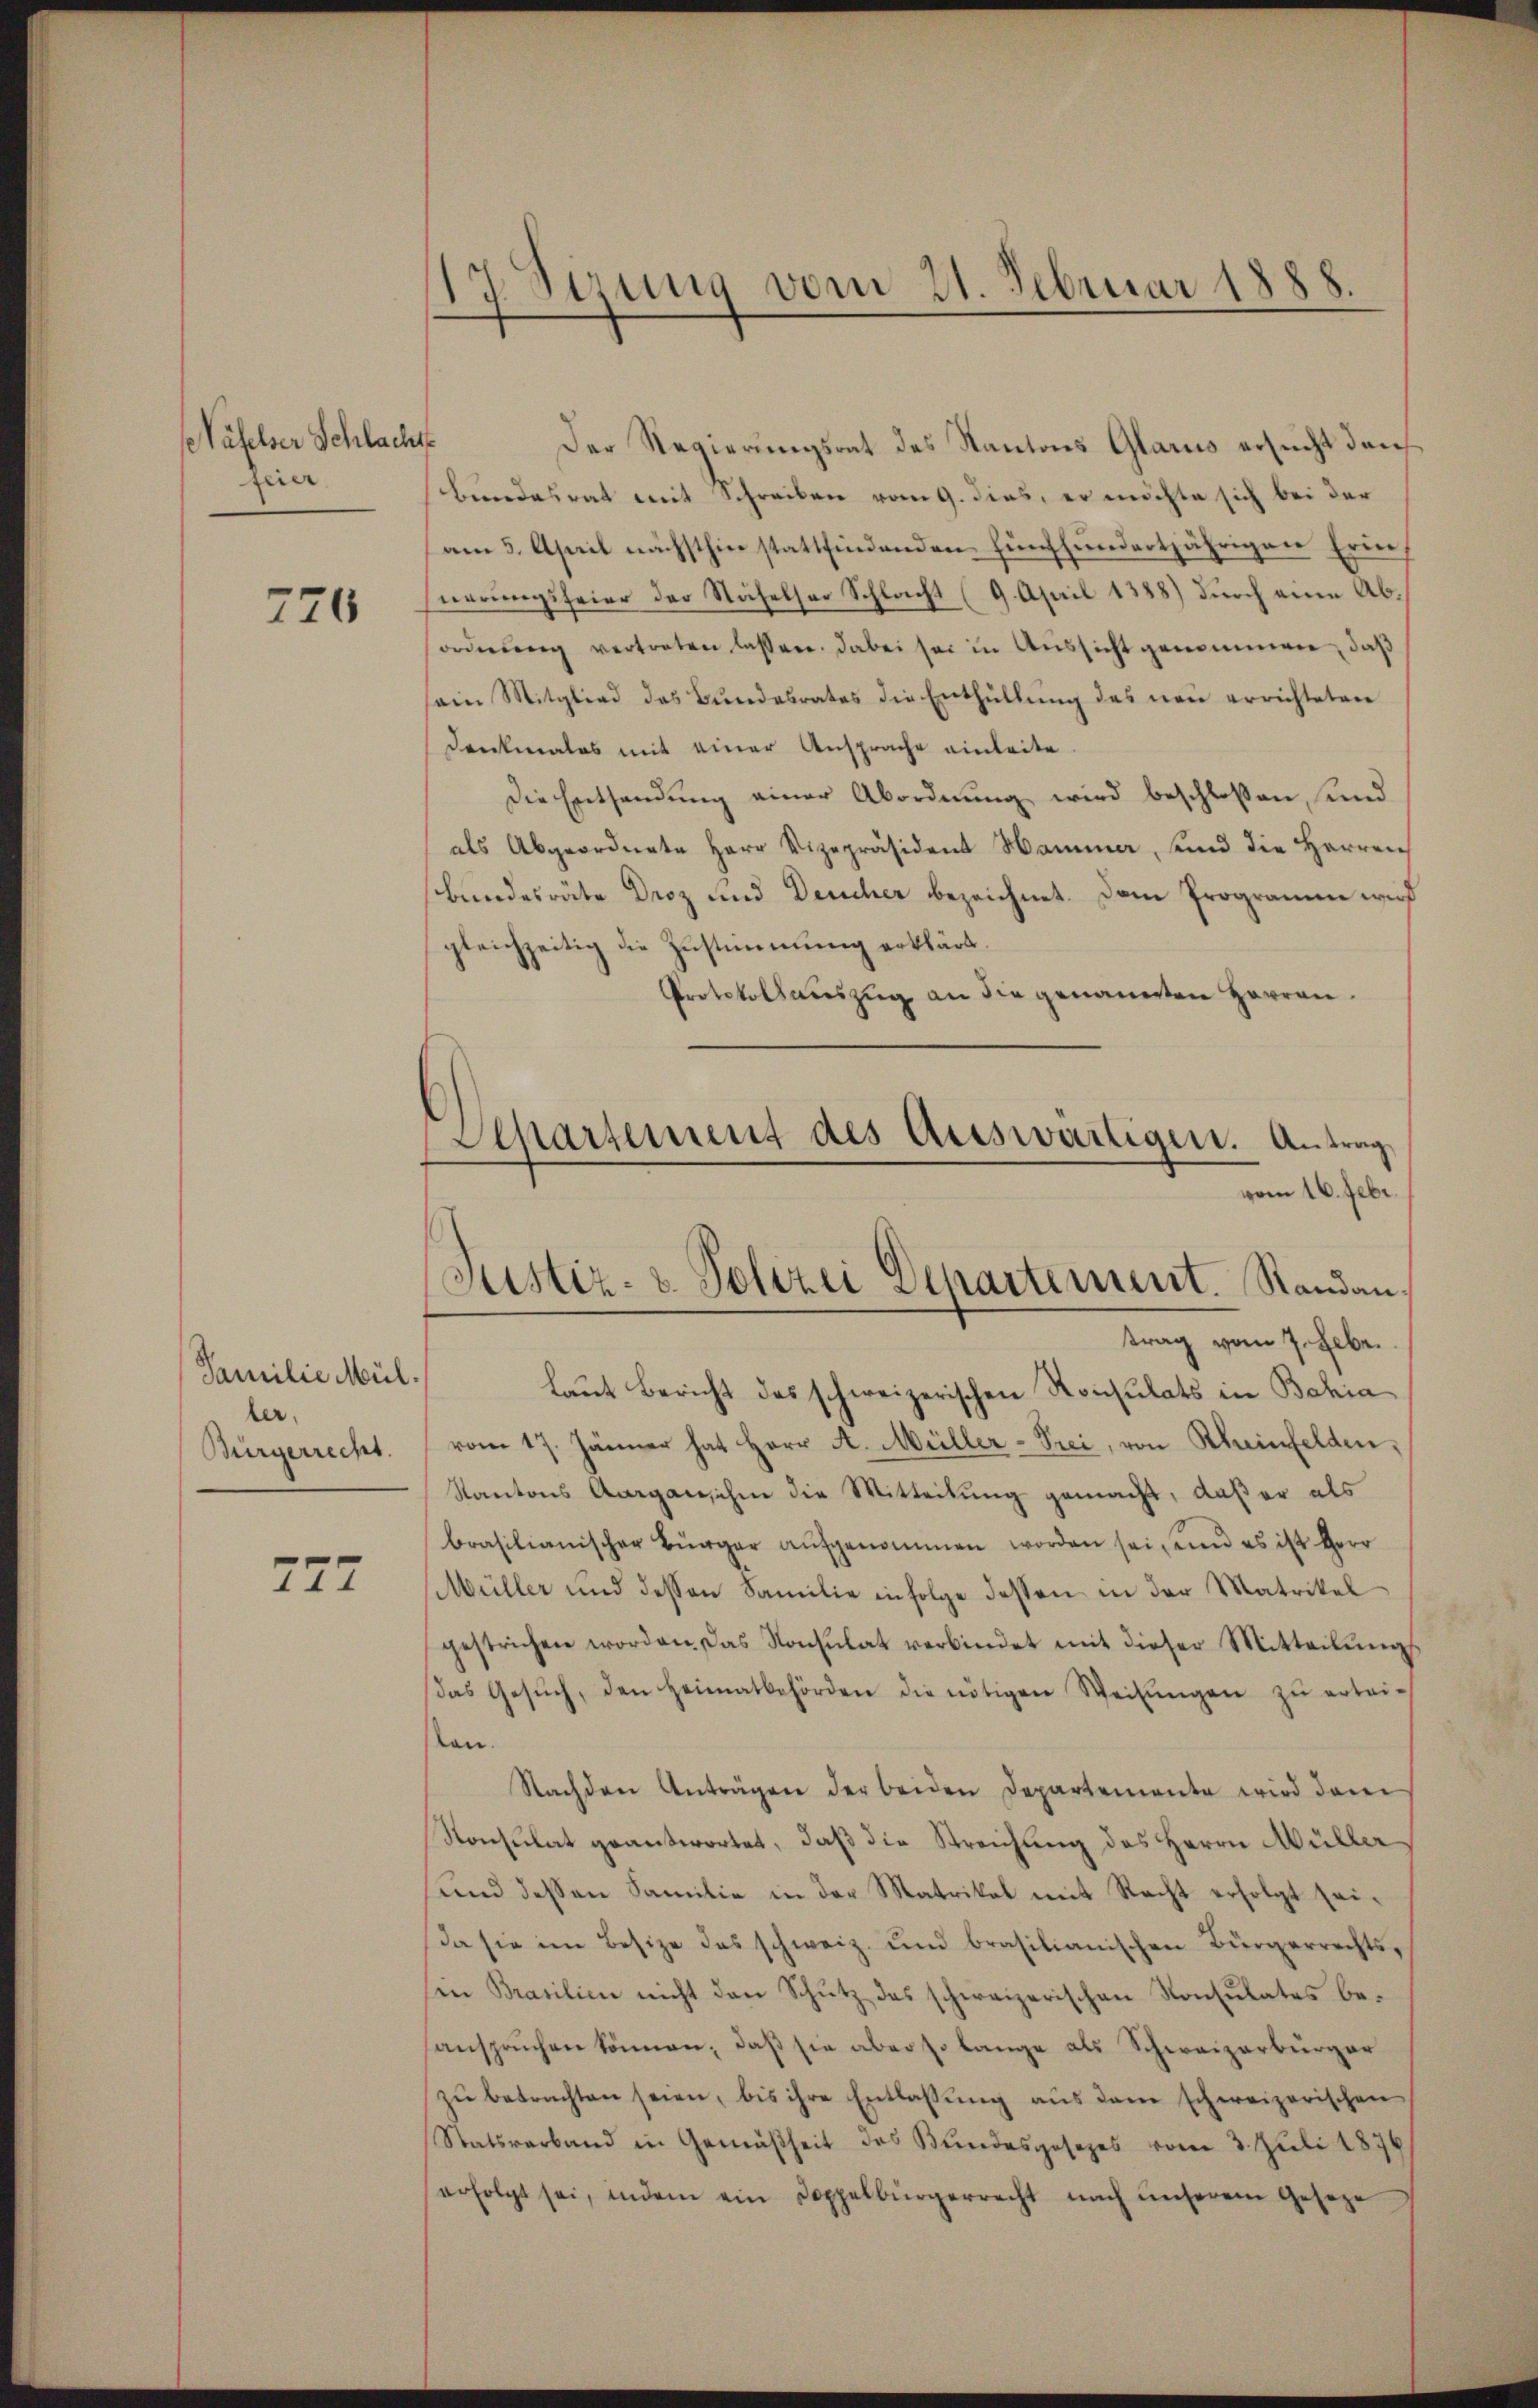
äfelser Schlacht.
feier

776

Familie Mül
ter.
Bürgerrecht.

777

17 Sizung vom 21. Februar 1888.

Separtement des Auswärtigen. Antrag
vom 16. Febr.
Justiz- & Polizei Departement. Standan

Der Regierungsrat des Kantons Glarus ersucht danbundesrat mit Schreiben vom 9. dies, er möchte sich bei der
am 5. April nächsthin stattfindenden fünfhundertjährigen Erinuerungsfeier der Nähelhar Schlacht (9. April 1888) durch eine Abordnŭng vertreten lassen. Dabei sei in Aussicht genommen, daß
sein Mitglied des Bŭndesrates die Enthüllŭng des neu errichteten
Denkmales mit einer Ansprache einleite.
Die Entsendung einer Abordnung wird beschloßen, und
als Abgeordnete Herr Vizepräsident Hamme, und die Herren
Bundesräte Droz und Deucher bezeichnet. Dem Programm wird
gleichzeitig die Zustimmung erklärt.
Protokollsauszug an die genannten Herren.
trag vom 7. Febr.
laut Bericht des schweizerischen Konsulats in Bahia
vom 17. Jänner hat Herr A. Müller-Prei, von Rheinfelden,
Kantons Aargau, ihn die Mitteilung gemacht, daß er als
brasilianischer Bürger aŭfgenommen worden sei, und es ist Herr
Müller und dessen Familie infolge dessen in der Matrikel
gestrichen worden. Das Konsulat verbindet mit dieser Mitteilungs
das Gesŭch, den Heimatbehörden die nötigen Weisŭngen zŭ ertei-
an
Nachden Anträgen der beiden Departemente wird dam
Konsulat geantwortet, daß die Streichung des Herrn Müller
und dessen Familie in der Matrikel mit Recht erfolgt seida sie im Besize das schweiz. und brasilianischen Bürgerrechtsin Brasilien nicht den Schutz des schweizerischen Konsulates beanspruchen können; daß sie aber so lange als Schweizerbürger
zŭ betrachten seien, bis ihre Entlassŭng aŭs dem schweizerischen
Statsverband in Gemäßheit des Bundesgesezes vom 3. Juli 1876
erfolgt sei, indem ein Doppelbürgerrecht nach ŭnserem Geseze